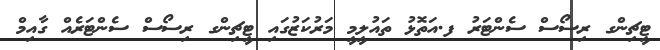
ޓީޗިންގ ރިސޯސް ސެންޓަރު ފ.އަތޮޅު ތައުލީމީ މަރުކަޒުގައި ޓީޗިންގ ރިސޯސް ސެންޓަރެއް ގާއިމް